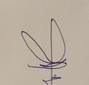
Signature authenticity: forged